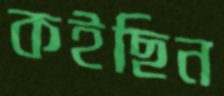
কইছিন